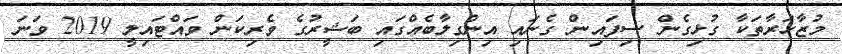
މުޒާހަރާތަކާ ގުޅިގެން ސިފައިން ގެނައި އިންގިލާބެއްގައި ބަޝީރުގެ ވެރިކަން ވައްޓައިލީ 2019 ވަނަ